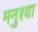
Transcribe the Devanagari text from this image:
मनुश्या